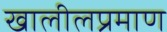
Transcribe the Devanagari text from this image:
खालीलप्रमाण